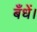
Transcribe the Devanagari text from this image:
बँधें।